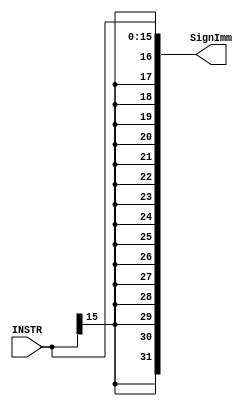
module Sign_EXT #(parameter DATA_WIDTH =32,parameter Un_EXT_WIDTH=16)
(
    input wire [Un_EXT_WIDTH-1:0] INSTR,
    output reg [DATA_WIDTH-1:0] SignImm
);

always @(*) begin
    // replecate the sign "INSTR[Un_EXT_WIDTH-1]" ==> DATA_WIDTH-Un_EXT_WIDTH times 
    //the concat it INSTR
    SignImm={({(DATA_WIDTH-Un_EXT_WIDTH){INSTR[Un_EXT_WIDTH-1]}}),INSTR};//replicate inside concat
end
    
endmodule